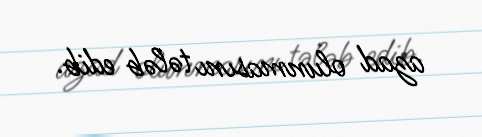
azad olunmasını tələb edib.